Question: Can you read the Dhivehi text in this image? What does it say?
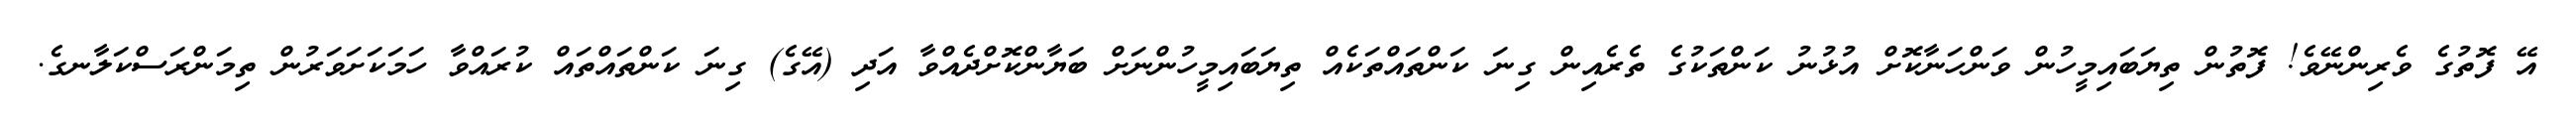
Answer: އޭ ފޮތުގެ ވެރިންނޭވެ! ފޮތުން ތިޔަބައިމީހުން ވަންހަނާކޮށް އުޅުނު ކަންތަކުގެ ތެރެއިން ގިނަ ކަންތައްތަކެއް ތިޔަބައިމީހުންނަށް ބަޔާންކޮށްދެއްވާ އަދި (އޭގެ) ގިނަ ކަންތައްތައް ކުރައްވާ ހަމަކަށަވަރުން ތިމަންރަސްކަލާނގެ.